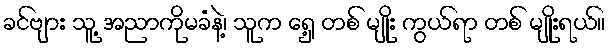
ခင်ဗျား သူ့ အညာကိုမခံနဲ့၊ သူက ရှေ့ တစ် မျိုး ကွယ်ရာ တစ် မျိုးရယ်။